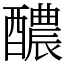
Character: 醲